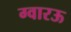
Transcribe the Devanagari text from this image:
ग्वारऊ